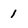
Character: 1